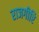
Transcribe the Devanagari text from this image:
राजगीरि